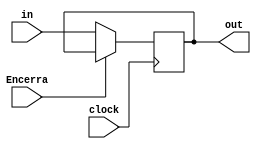
module PC (
  input wire clock,
  input wire [7:0] in,
  output wire [7:0] out,
  input Encerra
);
  
  reg [7:0] pc;
  
  always @(posedge clock)
    begin
    if(~Encerra) begin 
      pc = in;
    end
  end
  
  assign out = pc;

endmodule

module test_PC;
  reg clock;
  reg [7:0] in; 
  reg Encerra; 
  wire [7:0] out;
  initial begin
  clock = 0; in = 0; Encerra=0;
   
   #1 clock = 1;
   in = 1;
   Encerra = 0;
   
   #1 clock = 0;
   #1 clock = 1;
   in = 0;
   Encerra = 0;
   
   #1 clock = 0;
   #1 clock = 1;
   in = 1;
   Encerra = 1;
   
  end
  initial begin
  $monitor("Time=%0d clock %d entrada %d saida %d encerra %d",
  $time, clock, in, out, Encerra);
  end
  PC gate1(clock, in, out, Encerra);
endmodule

module bancoInstrucoes (
  input wire clock,
  input wire [7:0] in,
  output wire [7:0] out
);
 
  reg [7:0] banco_instrucoes;
  
  always @(posedge clock)
    begin
      case (in)
      8'b00000000: banco_instrucoes = 8'b00010001; 
      8'b00000001: banco_instrucoes = 8'b00101101;       
      8'b00000010: banco_instrucoes = 8'b01110010;
      8'b00000011: banco_instrucoes = 8'b01010010;
      8'b00000100: banco_instrucoes = 8'b10010000;
      8'b00000101: banco_instrucoes = 8'b10100001;
      8'b00000110: banco_instrucoes = 8'b11000011;
    	 8'b00000111: banco_instrucoes = 8'b11100000;
      default: banco_instrucoes = 8'bxxxxxxxx;
      endcase 
    end
  assign out = banco_instrucoes;
endmodule

module test_bancoInstrucoes;
  reg clock;
  reg [7:0] in; 
  wire [7:0] out;
  initial begin
  clock = 0; in = 0;
   
   #1 clock = 1;
   in = 1;
   
   #1 clock = 0;
   #1 clock = 1;
   in = 0;
   
  end
  initial begin
  $monitor("Time=%0d clock %d entrada %d saida %b",
  $time, clock, in, out);
  end
  bancoInstrucoes gate1(clock, in, out);
endmodule

module bancoRegs (
  input wire clock,
  input wire [1:0] in1,
  input wire [1:0] in2,
  input wire inec,
  input wire [7:0] dado,
  output wire [7:0] out1,
  output wire [7:0] out2,
  input EscreveReg
);
  reg [7:0] regs [1:0];
  reg [7:0] valores [1:0];
  
  always @(posedge clock) 
    begin
      if(EscreveReg) begin
        regs[inec] = dado;
      end
   end
   
   always @(negedge clock)
      begin
        valores [0] = regs [in1];
        valores [1] = regs [in2];
      end
  
    assign out1 = valores [0];
    assign out2 = valores [1];

endmodule

module test_bancoRegs;
  reg clock;
  reg [1:0] in1;
  reg [1:0] in2;
  reg inec;
  reg [7:0] dado;
  reg EscreveReg;
  wire [7:0] out1;
  wire [7:0] out2;
  initial begin
  clock = 0; in1 = 0; in2=0; inec=0; dado=0; EscreveReg = 0;
   
   #1 clock = 1;
   in1 = 0;
   in2 = 1;
   inec = 1;
   dado = 0; 
   EscreveReg = 1;
   
   #1 clock = 0;
   #1 clock = 1;
   in1 = 0;
   in2 = 1;
   inec = 0;
   dado = 1;
   EscreveReg = 1; 
   
   #1 clock = 0;
      
  end
  initial begin
  $monitor("Time=%0d clock %d entrada1 %d entrada2 %d regs escrito %d dado %d EscreveReg %d, out1 %d, out2 %d",
  $time, clock, in1, in2, inec, dado, EscreveReg, out1, out2);
  end
  bancoRegs gate1(clock, in1, in2, inec, dado, out1, out2, EscreveReg);
endmodule

module bancoMem(
input wire clock,
  input wire [7:0] endereco,
  input wire [7:0] dado,
  output wire [7:0] out,
  input lerMem,
  input EscreverMem
);

  reg[7:0] memoria [255:0];
  reg[7:0] lido;
  
  always @(posedge clock)
    begin
      if(EscreverMem) begin
        memoria[endereco] = dado;
      end
  end
  
  always @(negedge clock)
    begin
      if(lerMem) begin
      lido = memoria[endereco];
      end
   end
   
    assign out = lido;
endmodule

module test_bancoMem;
  reg clock;
  reg [7:0] endereco;
  reg [7:0] dado;
  reg lerMem, EscreverMem;
  wire [7:0] out;
  initial begin
  clock = 0; endereco = 0; dado = 0; lerMem = 0; EscreverMem = 0;
   
   #1 clock = 1;
   endereco = 1;
   dado = 1;
   EscreverMem = 1;
   lerMem = 0;
   
   #1 clock = 0; 
   #1 clock = 1;
   endereco = 1;
   dado = 1;
   EscreverMem = 0;
   lerMem = 1;
   
   #1 clock = 0;
   
  end
  initial begin
  $monitor("Time=%0d clock %d endereco %d dado %d EscreveMem %d, lerMem %d, out %d",
  $time, clock, endereco, dado, EscreverMem, lerMem, out);
  end
  bancoMem gate1(clock, endereco, dado, out, lerMem, EscreverMem);
endmodule